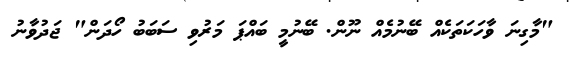
"މާގިނަ ވާހަކަތަކެއް ބޭނުމެއް ނޫން. ބޭނުމީ ބައްޕަ މަރުވި ސަބަބު ހޯދަން" ޖަދުވާނު